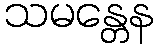
သမန္တေန